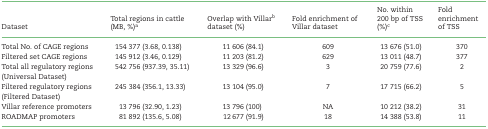
| Dataset | Total regions in cattle (MB, %)a | Overlap with Villarb dataset (%) | Fold enrichment of Villar dataset | No. within 200 bp of TSS (%)c | Fold enrichment of TSS |
 | --- | --- | --- | --- | --- | --- |
 | Total No. of CAGE regions | 154 377 (3.68, 0.138) | 11 606 (84.1) | 609 | 13 676 (51.0) | 370 |
 | Filtered set CAGE regions | 145 912 (3.46, 0.129) | 11 203 (81.2) | 629 | 13 011 (48.7) | 377 |
 | Total all regulatory regions (Universal Dataset) | 542 756 (937.39, 35.11) | 13 329 (96.6) | 3 | 20 759 (77.6) | 2 |
 | Filtered regulatory regions (Filtered Dataset) | 245 384 (356.1, 13.33) | 13 104 (95.0) | 7 | 17 715 (66.2) | 5 |
 | Villar reference promoters | 13 796 (32.90, 1.23) | 13 796 (100) | NA | 10 212 (38.2) | 31 |
 | ROADMAP promoters | 81 892 (135.6, 5.08) | 12 677 (91.9) | 18 | 14 388 (53.8) | 11 |